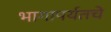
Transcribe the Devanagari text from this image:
भागापर्यतचे